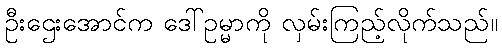
ဦးဌေးအောင်က ဒေါ်ဥမ္မာကို လှမ်းကြည့်လိုက်သည်။